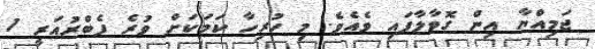
ޖަމިއްޔާ އިން ގޮވާލާފައި ވެއެވެ. މި ހުރިހާ ކަމަކަށް ވުރެ ފެބްރުއަރީ 1